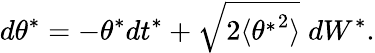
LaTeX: d\theta^{*}=-\theta^{*}dt^{*}+\sqrt{2\langle{\theta^{*}}^{2}\rangle}\; dW^{*}.